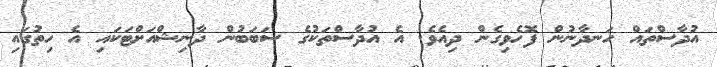
އުދާސްތައް ހަނދާނުން ފޮހެވިގެން ދިއެވެ. އެ އުދާސްތަކުގެ ސަބަބުން ދާނިޝްއަށްޓަކައި އެ ހިތުގައި